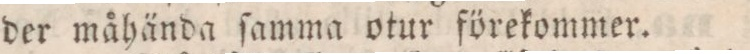
der måhända ſamma otur förekommer.